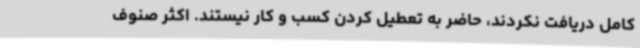
کامل دریافت نکردند، حاضر به تعطیل کردن کسب و کار نیستند. اکثر صنوف